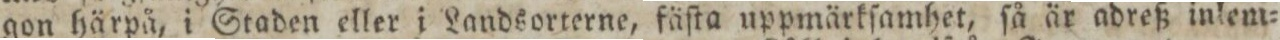
gon härpå, i Staden eller i Landsorterne, fäſta uppmärkſamhet, ſå är adreß inlem=